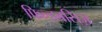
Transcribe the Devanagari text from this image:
फिल्डबसिज़